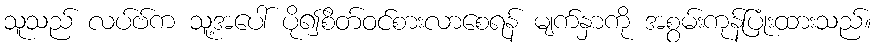
သူသည် လပ်ဗ်က သူ့အပေါ် ပို၍စိတ်ဝင်စားလာစေရန် မျက်နှာကို အစွမ်းကုန်ပြုံးထားသည်။